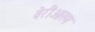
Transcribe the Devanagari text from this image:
वेरीओरम